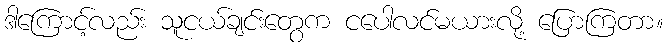
ဒါကြောင့်လည်း သူငယ်ချင်းတွေက ငပေါလင်မယားလို့ ပြောကြတာ။